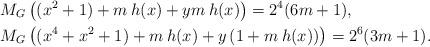
LaTeX: \begin{align*}& M_G\left( (x^2+1)+ m\: h(x) + y m\: h(x) \right)=2^4(6m+1), \\& M_G\left( (x^4+x^2+1)+ m\:h(x)+ y \left( 1+m\:h(x)\right) \right)=2^6 (3m+1).\end{align*}